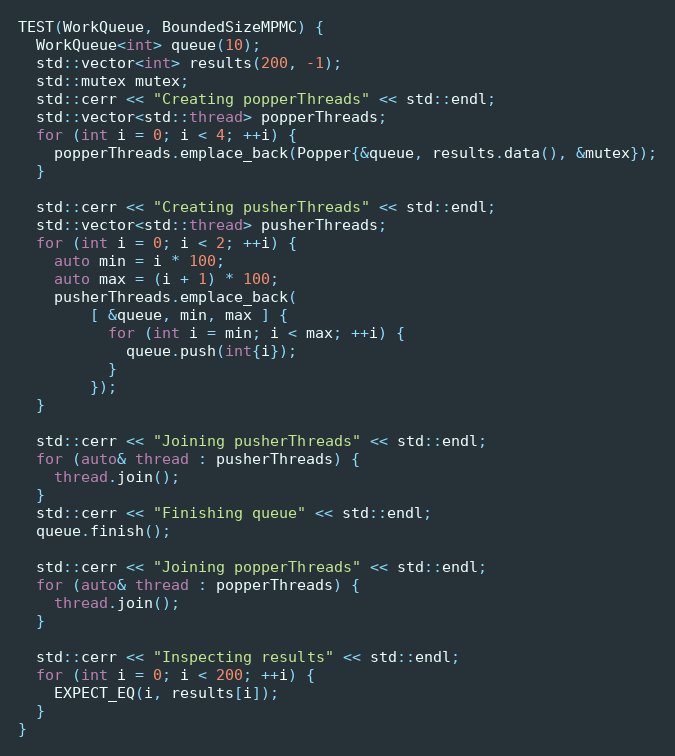
Language: C++
TEST(WorkQueue, BoundedSizeMPMC) {
  WorkQueue<int> queue(10);
  std::vector<int> results(200, -1);
  std::mutex mutex;
  std::cerr << "Creating popperThreads" << std::endl;
  std::vector<std::thread> popperThreads;
  for (int i = 0; i < 4; ++i) {
    popperThreads.emplace_back(Popper{&queue, results.data(), &mutex});
  }

  std::cerr << "Creating pusherThreads" << std::endl;
  std::vector<std::thread> pusherThreads;
  for (int i = 0; i < 2; ++i) {
    auto min = i * 100;
    auto max = (i + 1) * 100;
    pusherThreads.emplace_back(
        [ &queue, min, max ] {
          for (int i = min; i < max; ++i) {
            queue.push(int{i});
          }
        });
  }

  std::cerr << "Joining pusherThreads" << std::endl;
  for (auto& thread : pusherThreads) {
    thread.join();
  }
  std::cerr << "Finishing queue" << std::endl;
  queue.finish();

  std::cerr << "Joining popperThreads" << std::endl;
  for (auto& thread : popperThreads) {
    thread.join();
  }

  std::cerr << "Inspecting results" << std::endl;
  for (int i = 0; i < 200; ++i) {
    EXPECT_EQ(i, results[i]);
  }
}